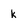
Character: k